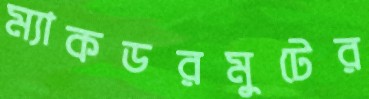
ম্যাকডরমুটের